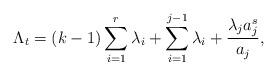
LaTeX: \begin{align*}\Lambda_t=(k-1)\sum_{i=1}^{r}\lambda_i+\sum_{i=1}^{j-1}\lambda_i+ \frac{\lambda_ja_j^s}{a_j},\end{align*}